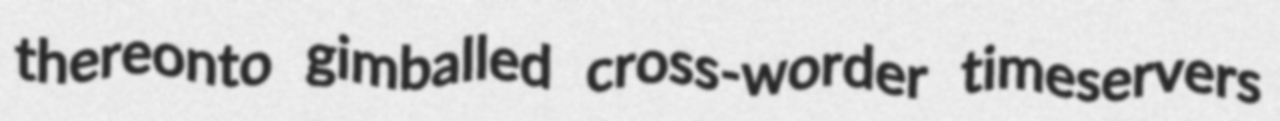
thereonto gimballed cross-worder timeservers